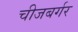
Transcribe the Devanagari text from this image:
चीजबर्गर